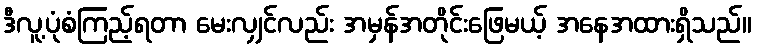
ဒီလူ့ပုံစံကြည့်ရတာ မေးလျှင်လည်း အမှန်အတိုင်းဖြေမယ့် အနေအထားရှိသည်။